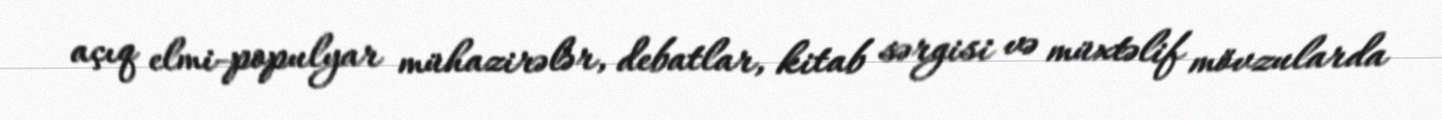
açıq elmi-populyar mühazirələr, debatlar, kitab sərgisi və müxtəlif mövzularda